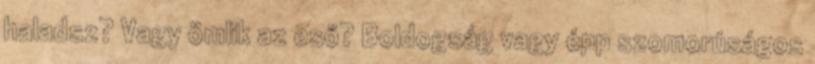
haladsz? Vagy ömlik az eső? Boldogság vagy épp szomorúságos